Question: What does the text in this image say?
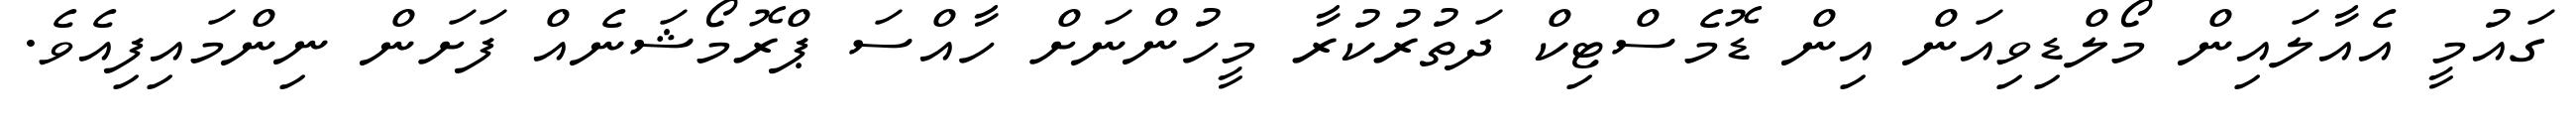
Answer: ގައުމީ އެއާލައިން މޯލްޑިވިއަން އިން ޑޮމެސްޓިކް ދަތުރުކުރާ މީހުންނަށް ހާއްސަ ޕްރޮމޯޝަނެއް ފަށަން ނިންމައިފިއެވެ.